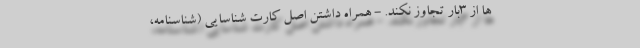
ها از ۳بار تجاوز نکند. - همراه داشتن اصل کارت شناسایی (شناسنامه،